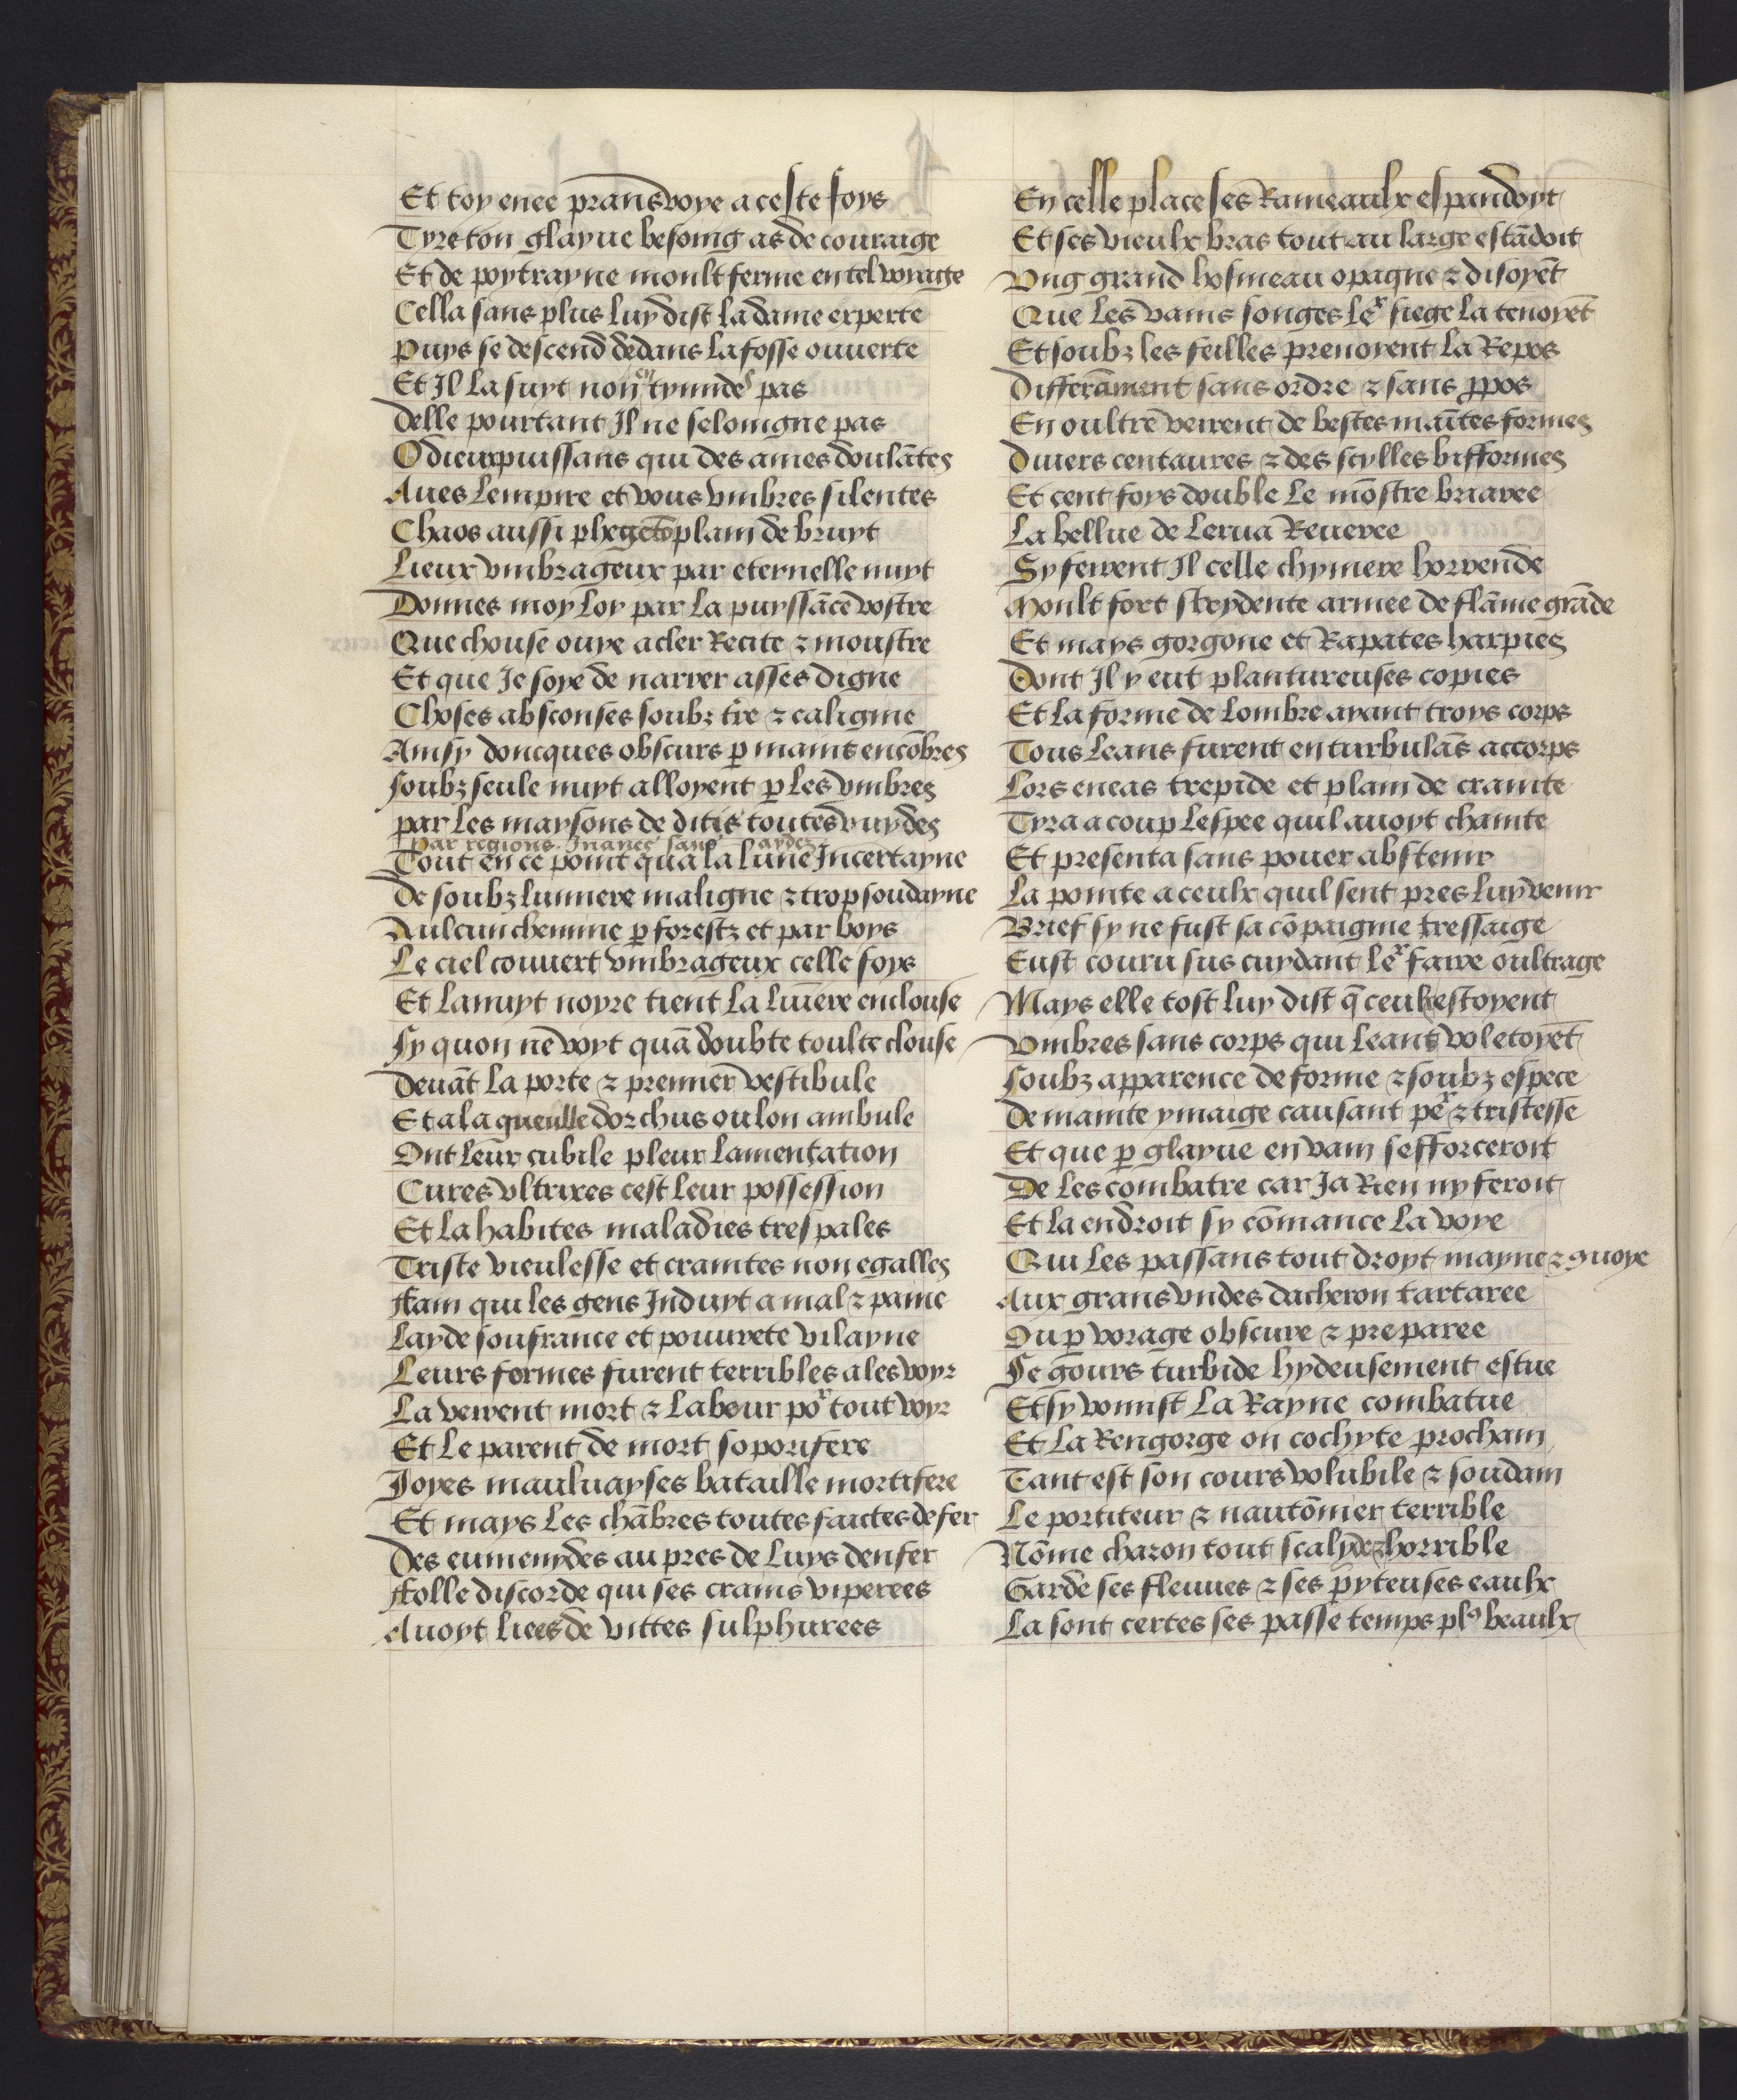
Shelfmark: Philadelphia, University of Pennsylvania, codex 909
Century: 15